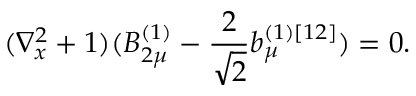
( \nabla _ { x } ^ { 2 } + 1 ) ( B _ { 2 \mu } ^ { ( 1 ) } - \frac { 2 } { \sqrt { 2 } } b _ { \mu } ^ { ( 1 ) [ 1 2 ] } ) = 0 .